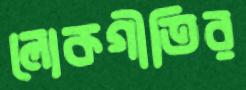
লোকগীতির